Elephants and their diseases
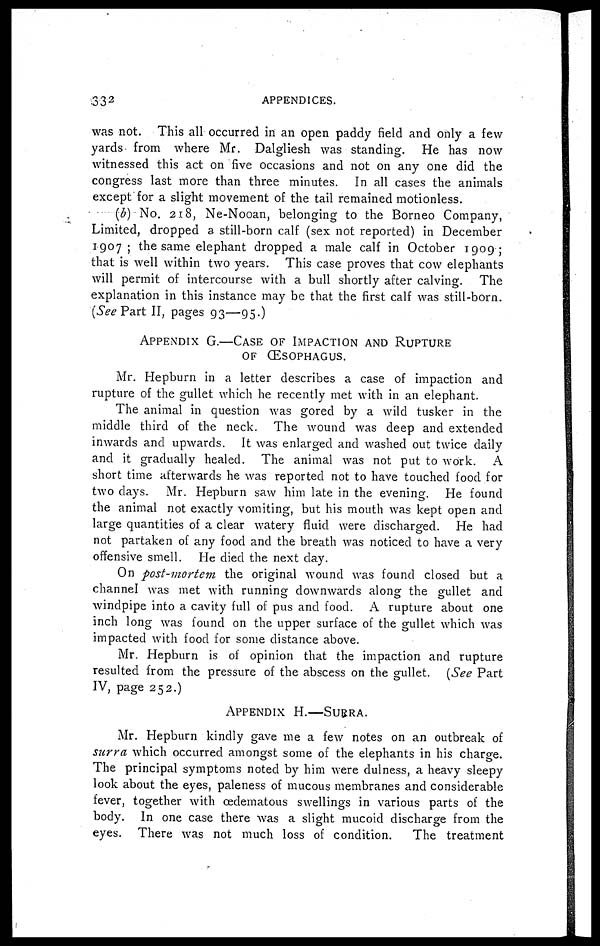
332
APPENDICES.
was not. This all occurred in an open paddy field and only a few
yards from where Mr. Dalgliesh was standing. He has now
witnessed this act on five occasions and not on any one did the
congress last more than three minutes. In all cases the animals
except for a slight movement of the tail remained motionless.
(b) No. 218, Ne-Nooan, belonging to the Borneo Company,
Limited, dropped a still-born calf (sex not reported) in December
1907 ; the same elephant dropped a male calf in October 1909;
that is well within two years. This case proves that cow elephants
will permit of intercourse with a bull shortly after calving. The
explanation in this instance may be that the first calf was still-born.
(See Part II, pages 93—95.)
APPENDIX G.—CASE OF IMPACTION AND RUPTURE
OF (ESOPHAGUS.
Mr. Hepburn in a letter describes a case of impaction and
rupture of the gullet which he recently met with in an elephant.
The animal in question was gored by a wild tusker in the
middle third of the neck. The wound was deep and extended
inwards and upwards. It was enlarged and washed out twice daily
and it gradually healed. The animal was not put to work. A
short time afterwards he was reported not to have touched food for
two days. Mr. Hepburn saw him late in the evening. He found
the animal not exactly vomiting, but his mouth was kept open and
large quantities of a clear watery fluid were discharged. He had
not partaken of any food and the breath was noticed to have a very
offensive smell. He died the next day.
On post-mortem the original wound was found closed but a
channel was met with running downwards along the gullet and
windpipe into a cavity full of pus and food. A rupture about one
inch long was found on the upper surface of the gullet which was
impacted with food for some distance above.
Mr. Hepburn is of opinion that the impaction and rupture
resulted from the pressure of the abscess on the gullet. (See Part
IV, page 252.)
APPENDIX
H.—SURRA.
Mr. Hepburn kindly gave me a few notes on an outbreak of
surra which occurred amongst some of the elephants in his charge.
The principal symptoms noted by him were dulness, a heavy sleepy
look about the eyes, paleness of mucous membranes and considerable
fever, together with œdematous swellings in various parts of the
body. In one case there was a slight mucoid discharge from the
eyes. There was not much loss of condition.
The treatment